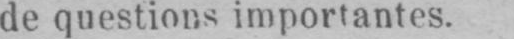
de questions importantes.